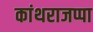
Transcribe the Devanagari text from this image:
कांथराजप्पा